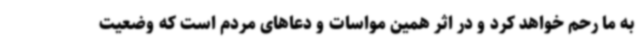
به ما رحم خواهد کرد و در اثر همین مواسات و دعاهای مردم است که وضعیت